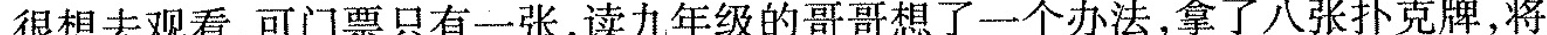
很想去观看，可门票只有一张，读九年级的哥哥想了一个办法，拿了八张扑克牌，将